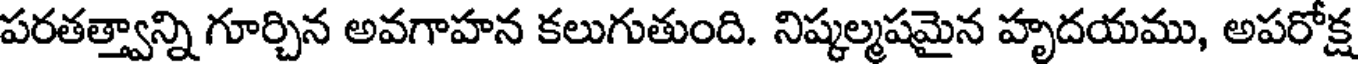
పరతత్త్వాన్ని గూర్చిన అవగాహన కలుగుతుంది. నిష్కల్మషమైన హృదయము, అపరోక్ష